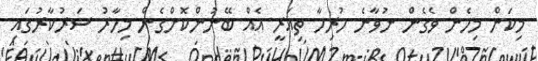
މިކަން މިހެން ވެގެން ނުވާނެ ހުރިހާ ތިއަރީ އެއް ބޭނުންކޮށްގެން މިހާރު ސަރުކާރުގައި